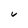
Character: U